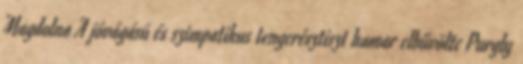
Magdolna A jóvágású és szimpatikus tengerésztiszt hamar elbűvölte Purgly